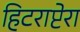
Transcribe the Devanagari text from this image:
हिटराप्टेरा